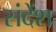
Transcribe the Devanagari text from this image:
संदेंश